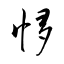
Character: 恀